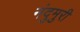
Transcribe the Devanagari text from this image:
नंदुमुरी